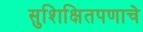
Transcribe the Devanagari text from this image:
सुशिक्षितपणाचे